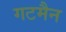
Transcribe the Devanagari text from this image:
गटमैन